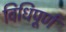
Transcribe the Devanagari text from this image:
विधिपूर्ण